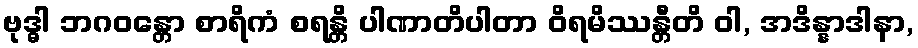
ဗုဒ္ဓါ ဘဂဝန္တော စာရိကံ စရန္တိ ပါဏာတိပါတာ ဝိရမိဿန္တီတိ ဝါ, အဒိန္နာဒါနာ,